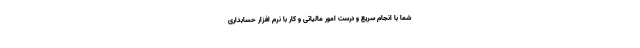
شما با انجام سریع و درست امور مالیاتی و کار با نرم افزار حسابداری